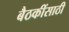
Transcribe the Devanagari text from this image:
बैठकींसाठी